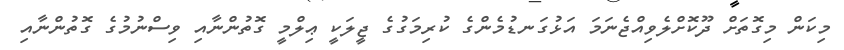
މިކަން މިގޮތަށް ދޫކޮށްލެވިއްޖެނަމަ އަޅުގަނޑުމެންގެ ކުރިމަގުގެ ޖީލަކީ ޢިލްމީ ގޮތުންނާއި ވިސްނުމުގެ ގޮތުންނާއި